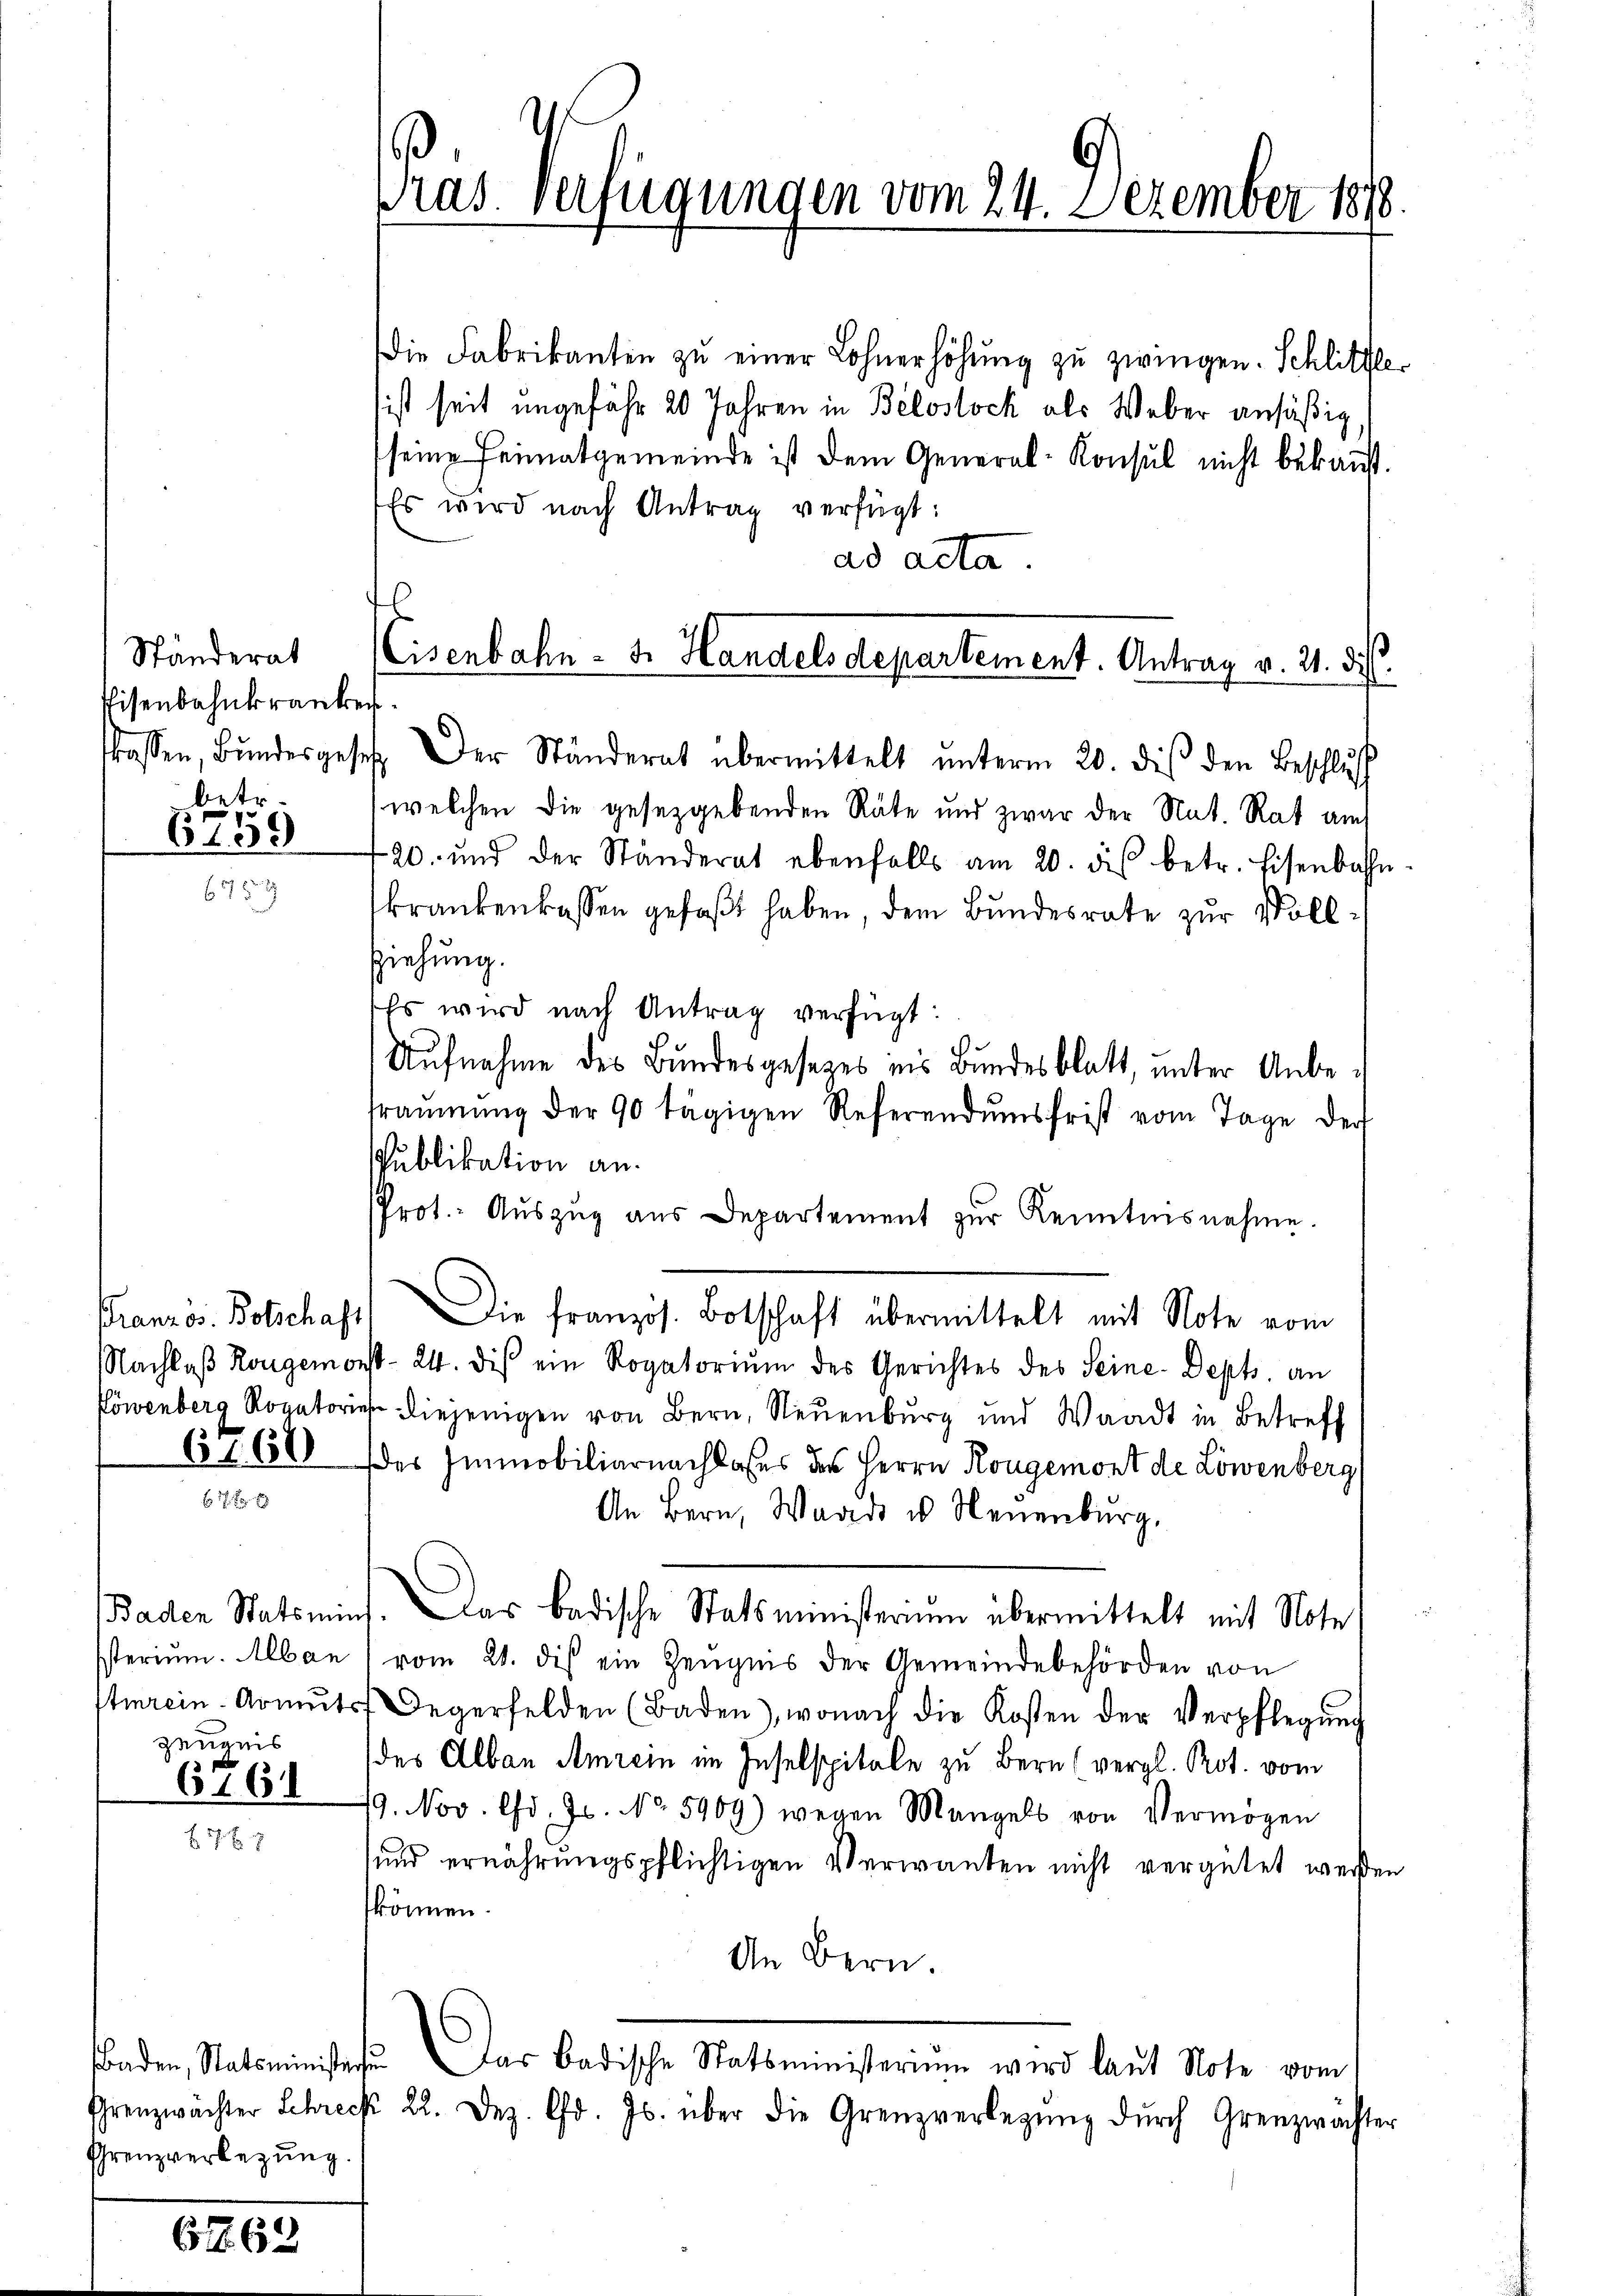
Ständerat
Pisenbahnkranke
skassen, Bundesgese
betr.

6159

Französ. Botschaft
Nachlaß Rongemon
Löwenberg Rogatoris
67.60

Baden Statsmin
Isterium. Alban
Amrein Romuts
Zeugnis

6761

Grenzverlegung.

6162

6
Pras. Verfügungen vom 24. Dezember 1878

l
Eisenbahn - 3. Handels departement. Antrag v. 21. dies

Die Fabrikanten zu einer Lohnerhöhung zu zwingen. Schlittlesist seit ungefähr 20 Jahren in Belostock als Weber ansäßig
seine Heimatgemeinde ist dem General-Konsul nicht bekannt.
Es wird nach Antrag verfügt:
ad acta.
.
. Der Ständerat übermittelt ŭnterm 20. dies den Beschlŭss
(welchen die gesetzgebenden Räte und zwar der Nat. Rat auch
120. und der Ständerat ebenfalls am 20. des betr. Eisenbahn-
krankenkassen gefaßt haben, dem Bundesrate zur Voll¬
Ziehung.
Es wird nach Antrag verfügt:
Aufnahme des Bundesgesezes ins Bundesblatt, unter Anberäŭmŭng der 90 tägigen Referendumsfrist vom Tage der
Publikation an.
Prot. Auszug aus Departement zur Kenntnisnehme.
Die französ. Botschaft übermittelt mit Note vom
st. 24. dis ein Rogatorium des Gerichtes des Seine Depts. an
 diejenigen von Bern, Neuenburg und Waadt in Betreff
des Immobiliarnachbares des Herrn Kougemont de Löwenberg,
An Bern, Waadt u. Neuenburg.
Das badische Statsministerium übermittelt mit Note
vom 21. dis ein Zeugnis der Gemeindebehörden von
Degerfelden (Baden), wonach die Kosten der Verpflegŭng
des Albau Amrein im Inselspitale zu Bern (vergl. Prot. vom
9. Nov. Chr. Js. No. 5909) wegen Mangels von Vermögen
und ernährungspflichtigen Verwanden nicht vergütet werden
können.
An Bern.
Baden, Statsminister. Das Badische Statsministerium wird laŭt Note vom
Grenzwächter Schreck 22. Dez. d. Js. über die Grenzverlegŭng dŭrch Grenzwächter